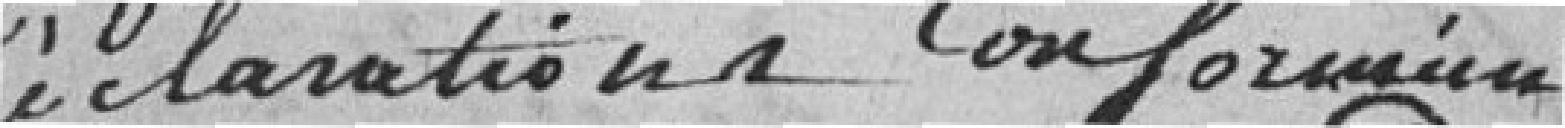
déclarations conformément